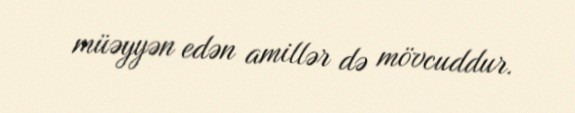
müəyyən edən amillər də mövcuddur.